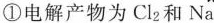
①电解产物为Cl_{2}和Na